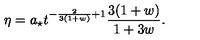
\eta = a _ { \star } t ^ { - \frac { 2 } { 3 ( 1 + w ) } + 1 } \frac { 3 ( 1 + w ) } { 1 + 3 w } .